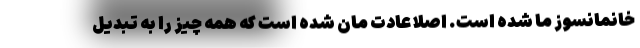
خانمانسوز ما شده است. اصلا عادت مان شده است که همه چیز را به تبدیل